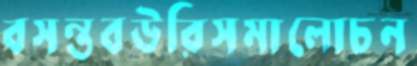
বসন্তবউরিসমালোচন